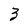
Character: 3